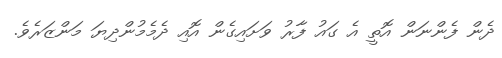
ދެން ފެންނަން އޮތީ އެ ގައު ފާރު ވަށައިގެން އޮއި ދެމެމުންދިޔަ މަންޒަރެވެ.